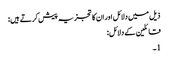
ذیل میں دلائل اور ان کا تجزیہ پیش کرتے ہیں:
قائلین کے دلائل:
1۔